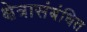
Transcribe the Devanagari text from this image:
क्षेत्रासंबंधित